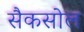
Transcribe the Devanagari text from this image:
सैकसोल